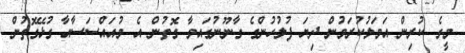
މީގެ ކުރިން އަމަލުކުރަމުން ދިޔަ ފުލުހުންގެ ގާނޫނުގައިވާ ގޮތުން އެ މުއައްސަސާއާ ގުޅޭގޮތުން